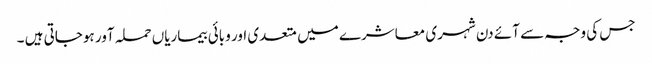
جس کی وجہ سے آئے دن شہری معاشرے میں متعدی اور وبائی بیماریاں حملہ آور ہوجاتی ہیں ۔